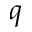
q